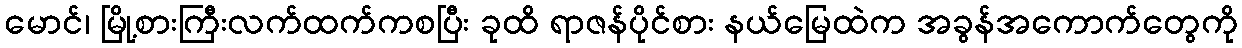
မောင်၊ မြို့စားကြီးလက်ထက်ကစပြီး ခုထိ ရာဇန်ပိုင်စား နယ်မြေထဲက အခွန်အကောက်တွေကို